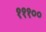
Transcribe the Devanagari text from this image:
१११००